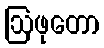
ဩဖုတော